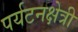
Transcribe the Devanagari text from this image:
पर्यटनक्षेत्री